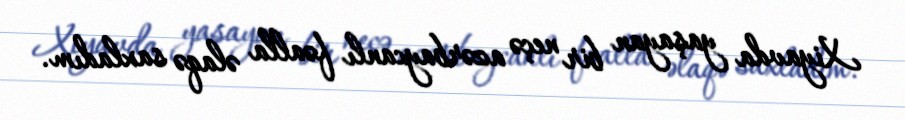
Xiyavda yaşayan bir neçə azərbaycanlı fəalla əlaqə saxladım.